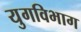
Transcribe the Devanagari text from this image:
युगविभाग